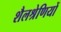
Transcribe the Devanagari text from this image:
शैलश्रेणियों